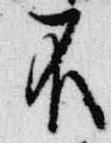
不